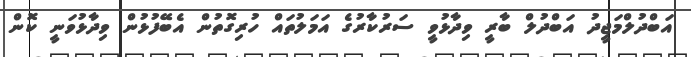
އަބްދުލްމަޖީދު އަބްދުލް ބާރީ ވިދާޅުވީ ސަރުކާރުގެ އަމަލުތައް ހުރިގޮތުން އެބޭފުޅުން ވިދާޅުވަނީ ކޮން